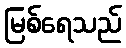
မြစ်ရေသည်